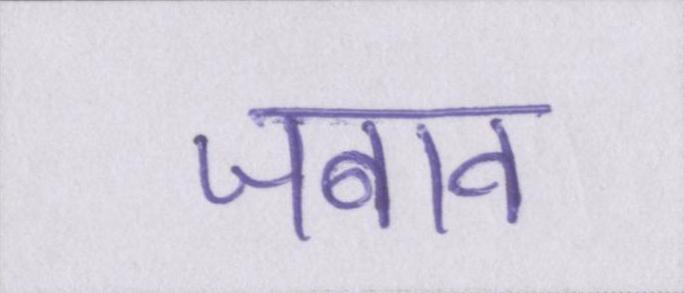
जबाव